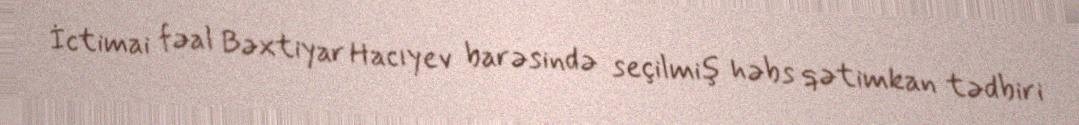
İctimai fəal Bəxtiyar Hacıyev barəsində seçilmiş həbs qətimkan tədbiri